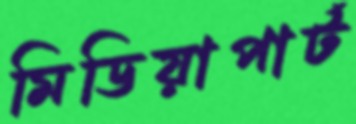
মিডিয়াপার্ট